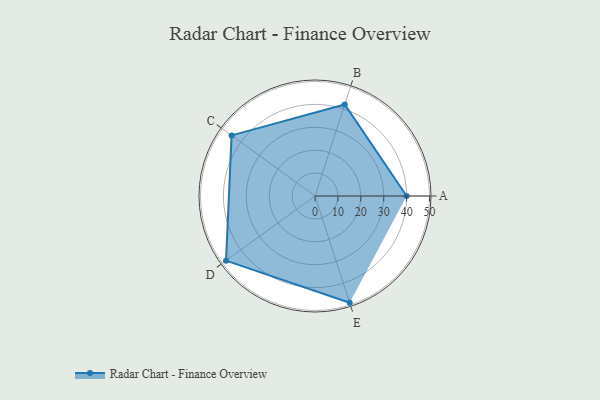
{"axis": {"x": "Skill", "y": "Score"}, "legend": ["Profile"], "data": [{"x": "A", "y": 40.0, "type": "Profile"}, {"x": "B", "y": 42.0, "type": "Profile"}, {"x": "C", "y": 45.0, "type": "Profile"}, {"x": "D", "y": 48.0, "type": "Profile"}, {"x": "E", "y": 49.0, "type": "Profile"}]}